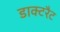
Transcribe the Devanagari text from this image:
डाक्टरैट